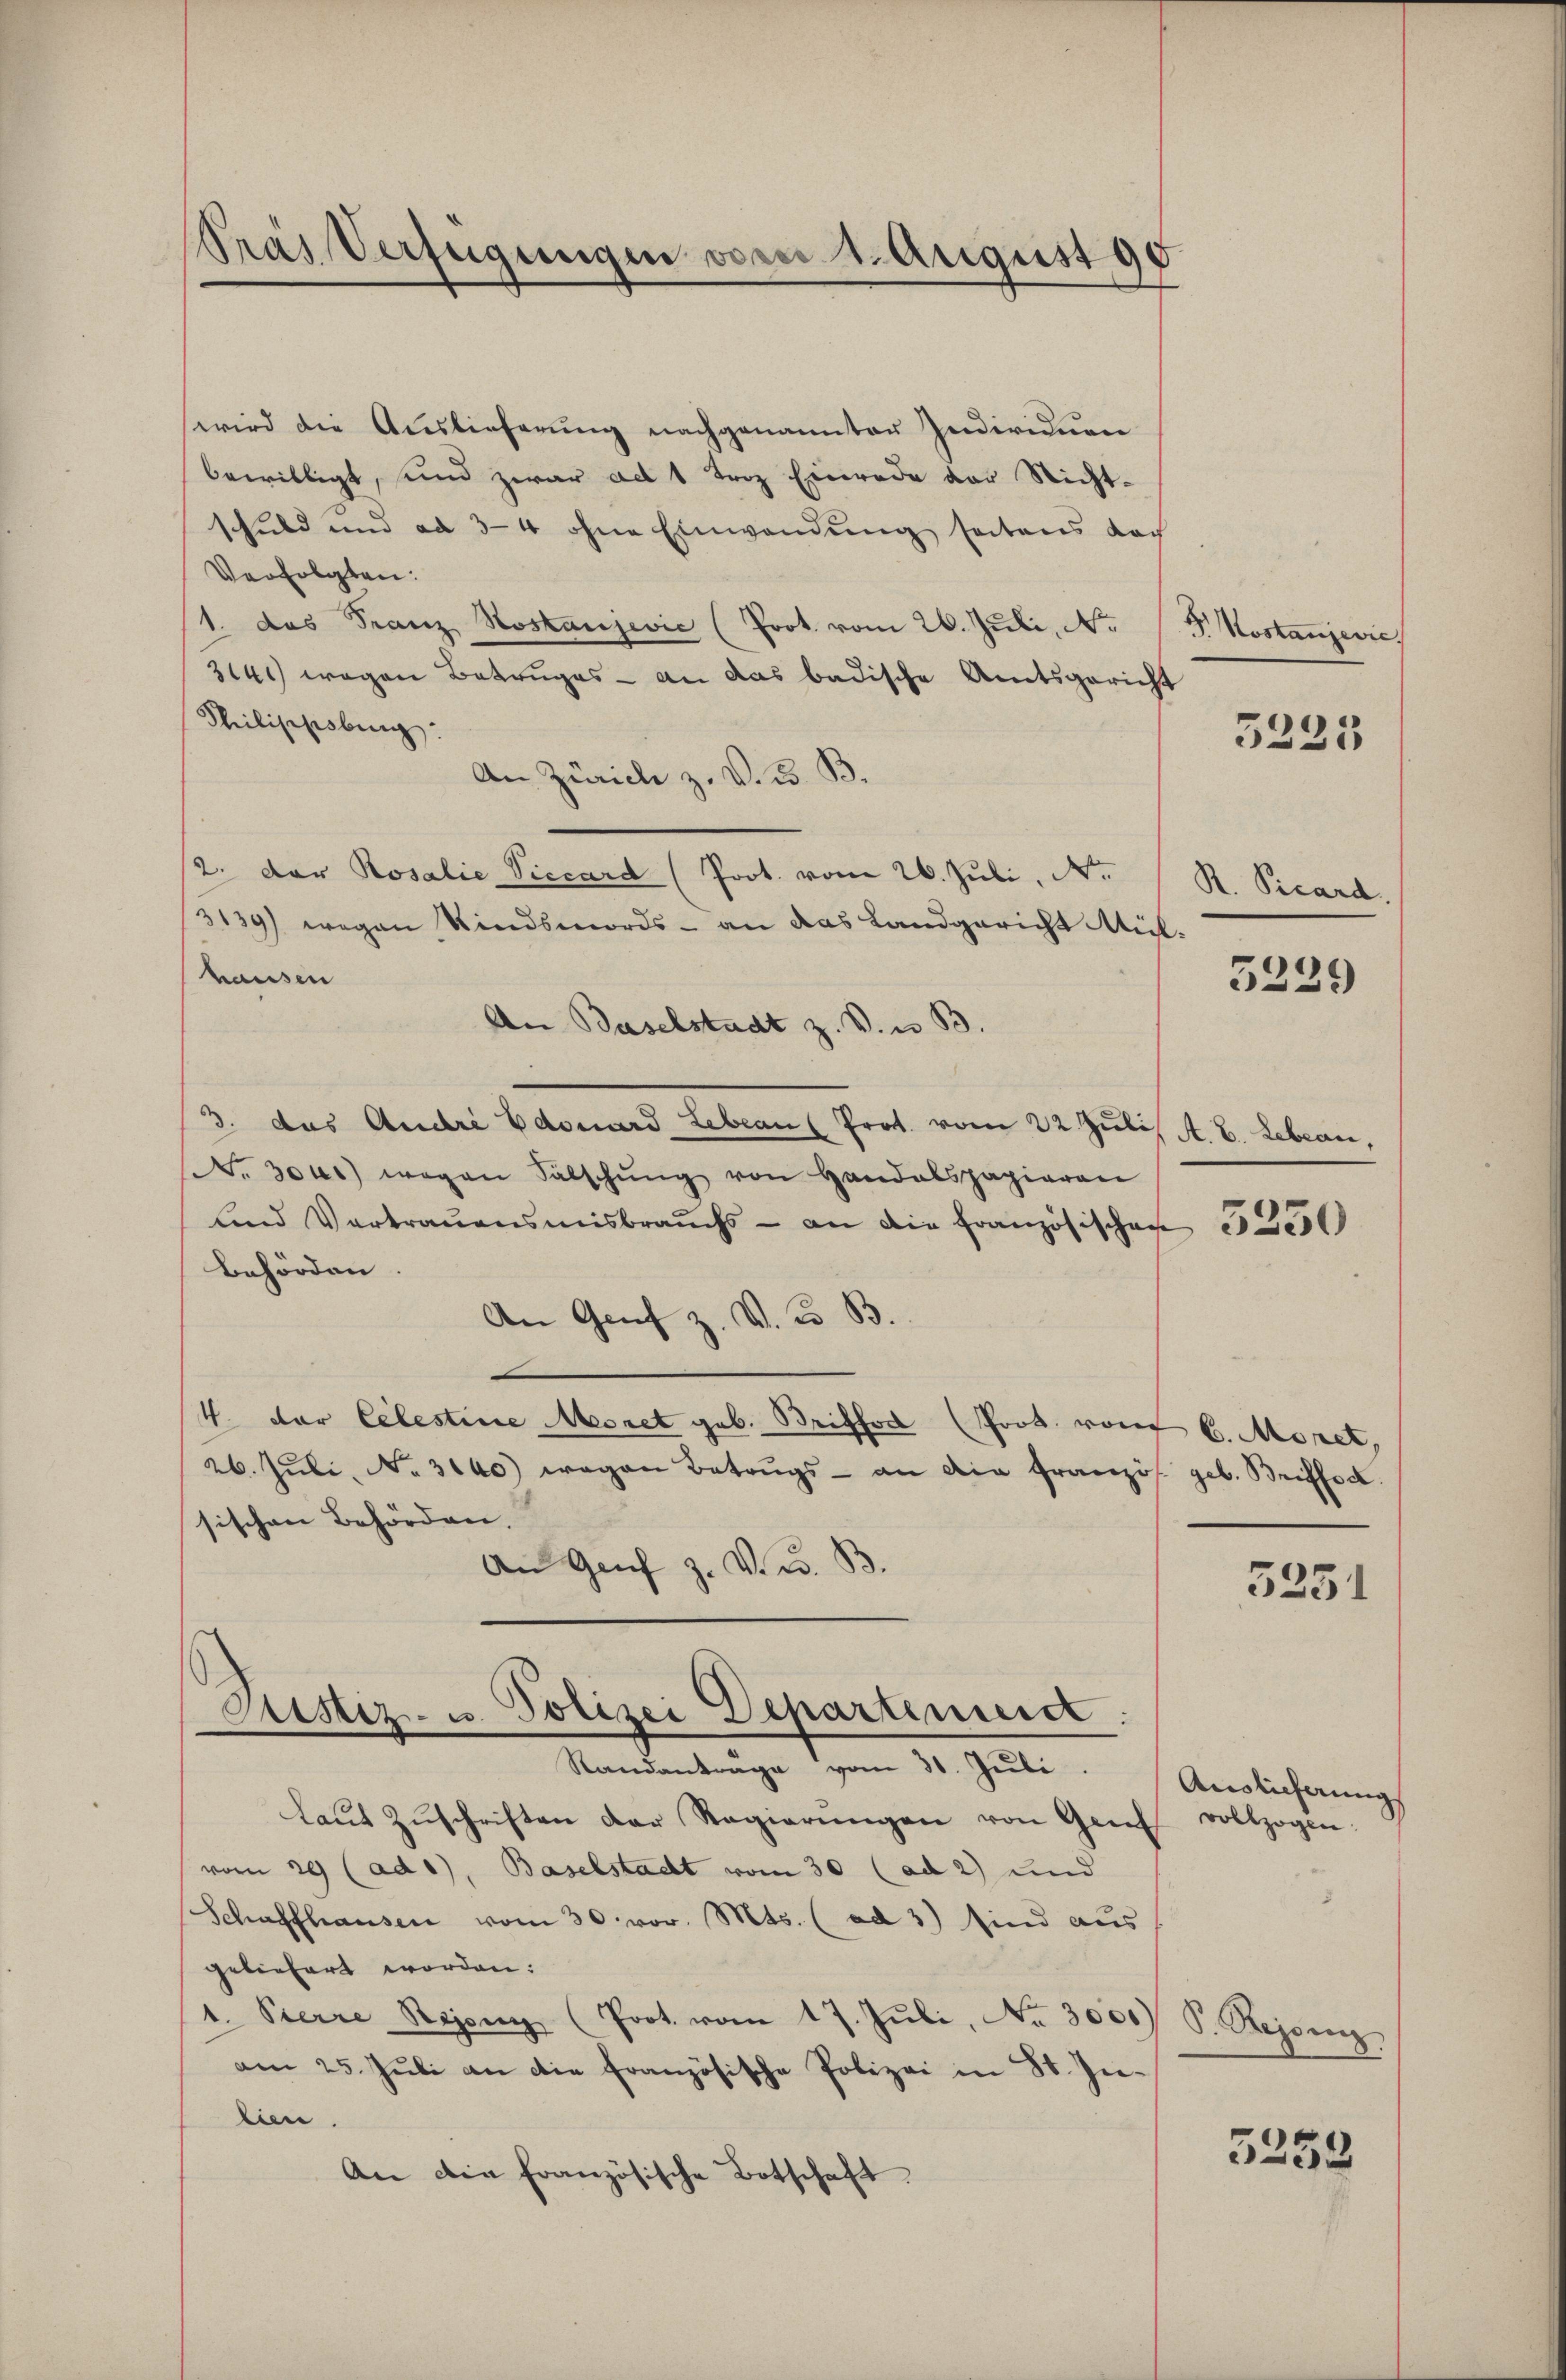
Pras Verfügungen

wird die Auslieferung nachgenannter Individuen
bewilligt, und zwar ad 1 Troz Einrede der Nichtschuld und ad 3-4 ohne Einwendung seitens doch
Verfolgten:
11. das Franz Hostanjević (Prot. vom 26. Juli, No 15. Kostanjevie
314 wegen Betruges - an das badische Amtsgericht
Philischobing
An Zürich z. V. B. B.
2. Der Rosalie Viccard (Prot. vom 26. Juli, Nr.
3139) wegen Kindsmords - an das Landgericht Mülhausen
An Baselstadt z. V. u. B.
3. das André Edouard Lebeans Prot. vom 22. Juli A. B. Leben,
Nr. 3011) wegen Fälschŭng von Handelspapieren
und Vertraŭensmisbrauchs - an die französischen 3000
behörden
An Genf z. V. B.
4. der Celestine Moret geb. Beiffod (Prot. vom 6. Moset,
26. Jŭli, No. 3100) wegen Betrugs - an die französ. geb. Briffsc
sischen Behörden.
An Genf z. V. D. B.
Justiz- u. Polizei Departinuirt.
Standantrage vom 31. Jŭli
laŭt Zŭschriften der Regierŭngen von Genf vollzogen:
vom 29 (ad1), Baselstadt vom 30 (ad 2) und
Schaffhausen vom 30. vor. Mts. (ad 3) sind aus
geliefert worden:
1. Pierre Bajony (Prot. vom 17. Jŭli, No. 3000) S. Reisenz.
am 25. Juli an die französische Polizei in St. Inlien.
An die französische Botschaft.

m 1. August 98

5221

R. Picard

5239

5251

Auslieferung

5253